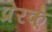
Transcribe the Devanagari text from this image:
प्रेरक्